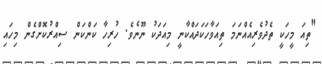
"ތިއަ މީހަކީ ތެދުވެރިއެއްނަމަ ތިއަވާހަކަދައްކާނީ މިއަދަކު ނޫނެވެ. ހުރިހާ ކަންކަން ސިއްރުކޮށްގެން މިހައި